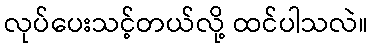
လုပ်ပေးသင့်တယ်လို့ ထင်ပါသလဲ။